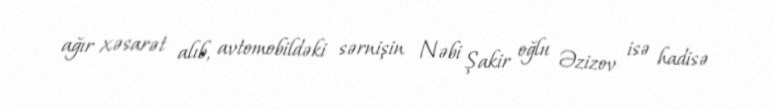
ağır xəsarət alıb, avtomobildəki sərnişin Nəbi Şakir oğlu Əzizov isə hadisə